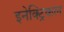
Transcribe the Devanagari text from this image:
इनेक्‍ट्रिकल